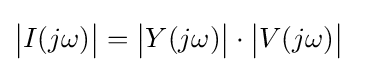
{\big |}I(j\omega ){\big |}={\big |}Y(j\omega ){\big |}\cdot {\bigl |}V(j\omega ){\bigr |}\;